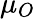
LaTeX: \mu_{O}